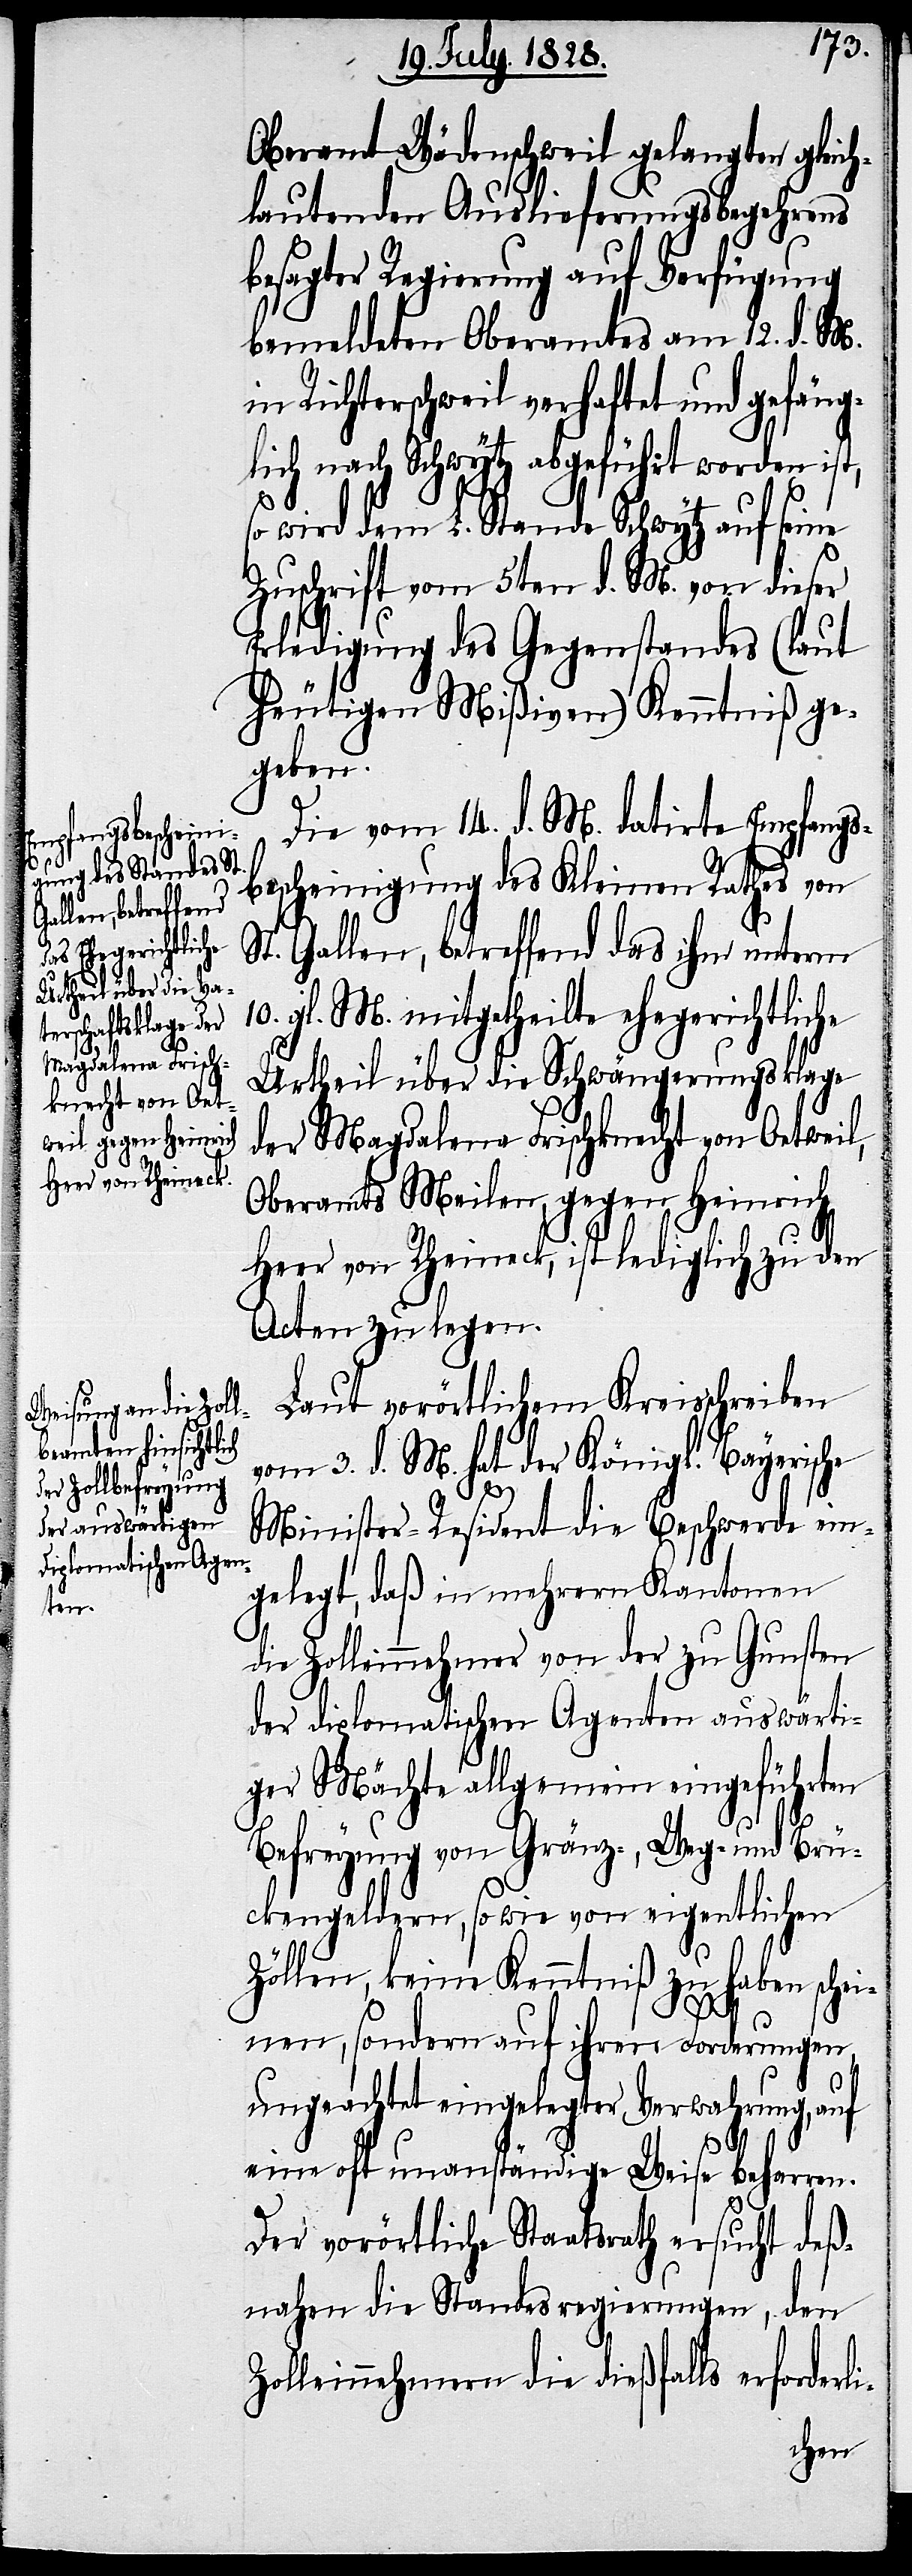
Oberamt Wädenschweil gelangter gleich¬
lautenden Auslieferungsbegehrens
besagter Regierung auf Verfügung
bemeldeten Oberamtes am 12. d. M.
in Richterschweil verhaftet und gefäng¬
lich nach Schwytz abgeführt worden ist,
wird dem L. Stande Schwytz auf seine
Zuschrift vom 5ten d. M. von dieser
Erledigung des Gegenstandes (laut
heutigen Mißiven) Kenntniß ge¬
geben.
Die vom 14. d. M. datirte Empfangs¬
bescheidung des Kleinen Rathes von
St. Gallen, betreffend das ihm unterm
10. gl. M. mitgetheilte ehegerichtliche
Urtheil über die Schwängerungsklage
der Magdalena Frischknecht von Oetweil,
Oberamts Meilen, gegen Heinrich
Heer von Rheineck, ist lediglich zu den
Acten zu legen.
Laut vorörtlichem Kreisschreiben
vom 3. d. M. hat der Königl. Bayerische
Minister-Resident die Beschwerde ein¬
gelegt, daß in mehrern Kantonen
die Zolleinnehmer von der zu Gunsten
der diplomatischen Agenten auswärti¬
ger Mächte allgemein eingeführten
Befreyung von Gränz-, Weg- und Brü¬
ckengelder, so wie von eigentlichen
Zöllen, keine Kenntniß zu haben schei¬
nen, sondern auf ihren Forderungen,
ungeachtet eingelegter Verwahrung, auf
li-
eine oft unanständige Weise beharren.
Der vorörtliche Staatsrath ersucht deß¬
nahen die Standesregierung, den
Zolleinnehmern die dießfalls erforder¬